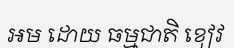
អម ដោយ ធម្មជាតិ ខៀវ